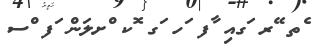
ެތ ޭރ ަގއި ާފ ަހ ަގ ޮކ ްށލަން ަފ ްސ